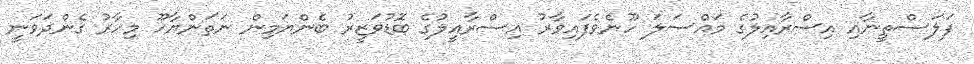
ފަލަސްތީނާއި އިސްރާއިލުގެ މައްސަލަ ހޫނެވެފައިވާރު އިސްރާއީލުގެ ބޮޑުވަޒީރު ބެންޔަމިން ނަތަންޔާހޫ މިހާރު ގެންދަވަނީ